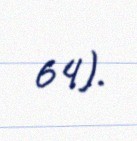
64).